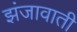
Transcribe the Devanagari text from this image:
झंजावाती